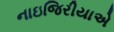
નાઇજિરીયાએ